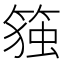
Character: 𰪋